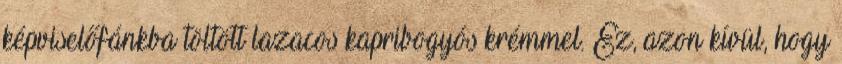
képviselőfánkba töltött lazacos kapribogyós krémmel. Ez, azon kívül, hogy